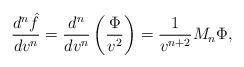
\begin{align*} \frac{d^n\hat{f}}{dv^n}=\frac{d^n}{dv^n}\left(\frac{\Phi}{v^2}\right)=\frac{1}{v^{n+2}}M_n\Phi,\end{align*}